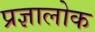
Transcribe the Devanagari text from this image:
प्रज्ञालोक